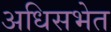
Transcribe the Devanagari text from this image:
अधिसभेत